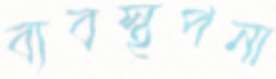
ব্যবস্থপনা